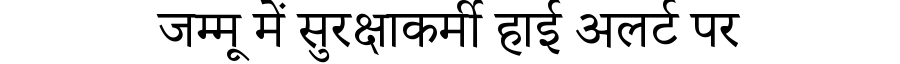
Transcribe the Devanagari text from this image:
जम्मू में सुरक्षाकर्मी हाई अलर्ट पर